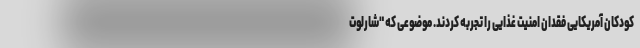
کودکان آمریکایی فقدان امنیت غذایی را تجربه کردند. موضوعی که "شارلوت